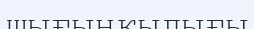
шығыңқылығы